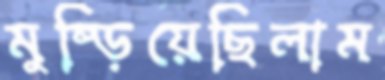
মুষ্‌ড়িয়েছিলাম